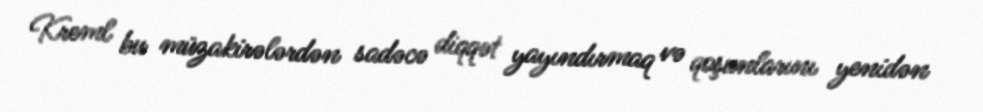
Kreml bu müzakirələrdən sadəcə diqqət yayındırmaq və qoşunlarını yenidən